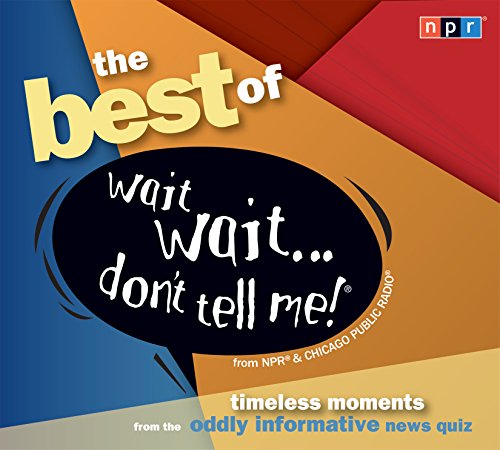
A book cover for The Best of Wait Wait...Don't Tell Me! (NPR); Humor & Entertainment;